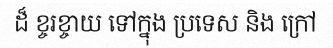
ដ៏ ខ្ចរខ្ចាយ ទៅក្នុង ប្រទេស និង ក្រៅ